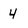
Character: 4